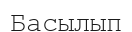
Басылып